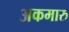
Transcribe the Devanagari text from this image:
अकमारु